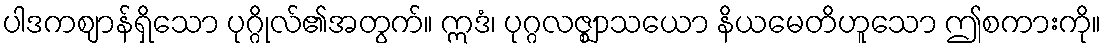
ပါဒကဈာန်ရှိသော ပုဂ္ဂိုလ်၏အတွက်။ ဣဒံ၊ ပုဂ္ဂလဇ္ဈာသယော နိယမေတိဟူသော ဤစကားကို။